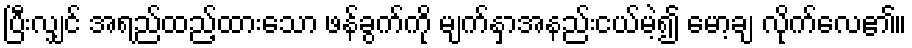
ပြီးလျှင် အရည်ထည့်ထားသော ဖန်ခွက်ကို မျက်နှာအနည်းငယ်မဲ့၍ မော့ချ လိုက်လေ၏။